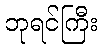
ဘုရင်ကြီး